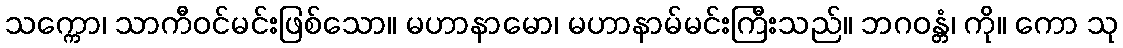
သက္ကော၊ သာကီဝင်မင်းဖြစ်သော။ မဟာနာမော၊ မဟာနာမ်မင်းကြီးသည်။ ဘဂဝန္တံ၊ ကို။ ကော သု